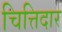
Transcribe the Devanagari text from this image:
चित्तिदार